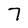
Character: 7